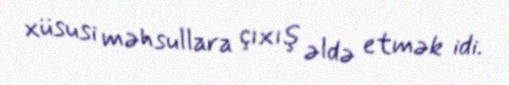
xüsusi məhsullara çıxış əldə etmək idi.